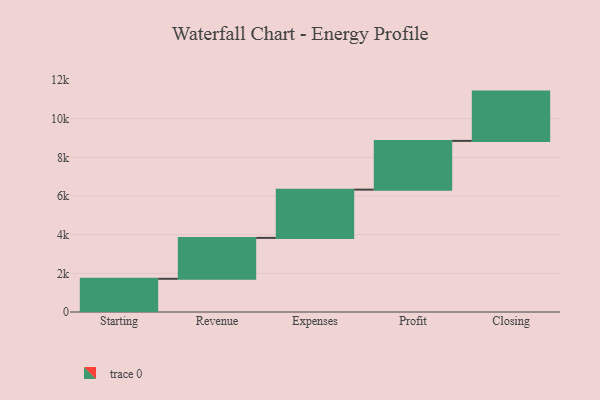
{"axis": {"x": "Step", "y": "Value"}, "legend": [""], "data": [{"x": "Starting", "y": 1718.0, "type": ""}, {"x": "Revenue", "y": 2116.0, "type": ""}, {"x": "Expenses", "y": 2497.0, "type": ""}, {"x": "Profit", "y": 2523.0, "type": ""}, {"x": "Closing", "y": 2550.0, "type": ""}]}